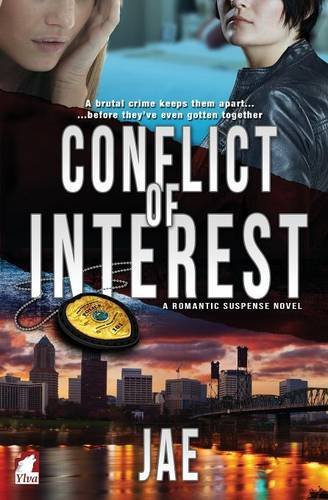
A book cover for Conflict of Interest; Jae; Romance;